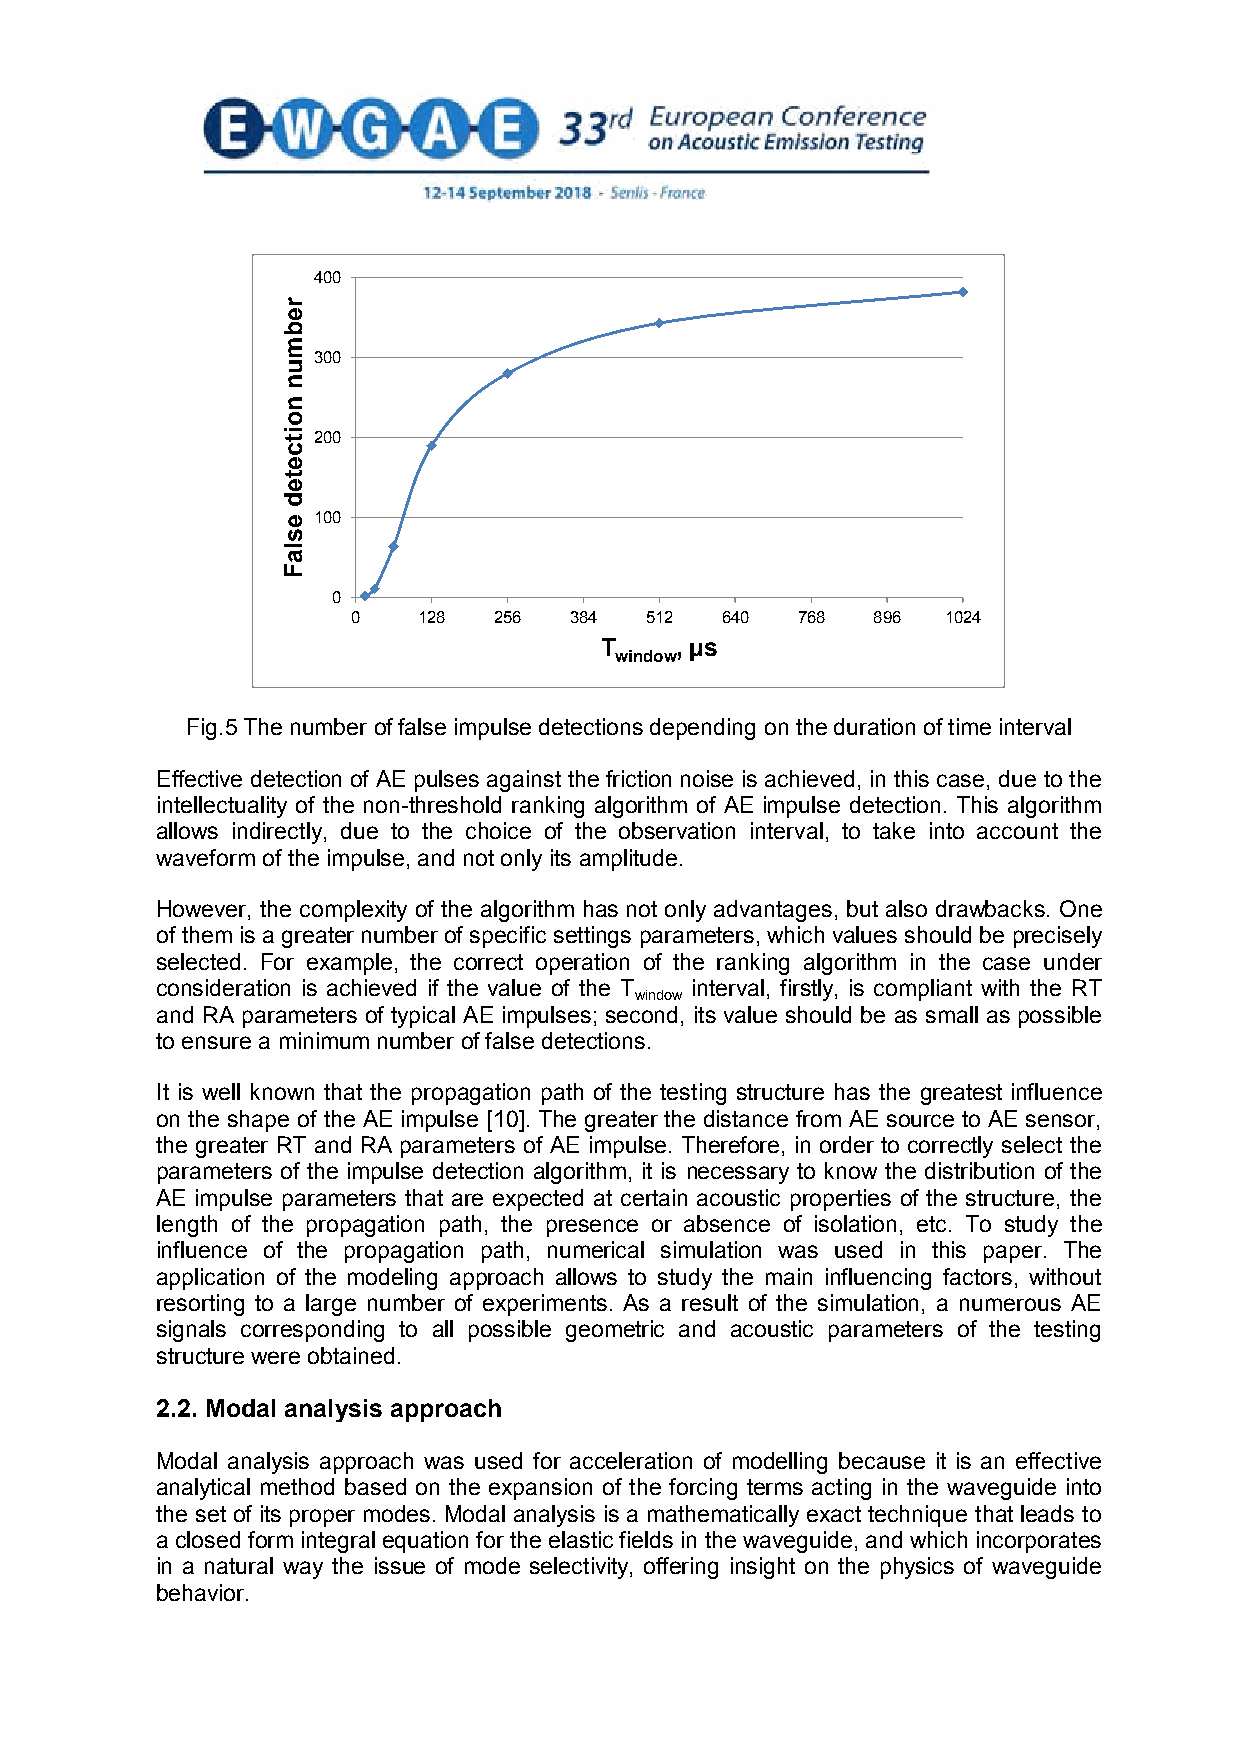
400
 300
 200
 100
 0
 0    128  256  384  512  640  768  896  1024
 T    , µs
 window
 Fig.5 The number of false impulse detections depending on the duration of time interval
 Effective detection of AE pulses against the friction noise is achieved, in this case, due to the
 intellectuality of the non-threshold ranking algorithm of AE impulse detection. This algorithm
 allows indirectly, due to the choice of the observation interval, to take into account the
 waveform of the impulse, and not only its amplitude.
 However, the complexity of the algorithm has not only advantages, but also drawbacks. One
 of them is a greater number of specific settings parameters, which values should be precisely
 selected. For example, the correct operation of the ranking algorithm in the case under
 consideration is achieved if the value of the T interval, firstly, is compliant with the RT
 window
 and RA parameters of typical AE impulses; second, its value should be as small as possible
 to ensure a minimum number of false detections.
 It is well known that the propagation path of the testing structure has the greatest influence
 on the shape of the AE impulse [10]. The greater the distance from AE source to AE sensor,
 the greater RT and RA parameters of AE impulse. Therefore, in order to correctly select the
 parameters of the impulse detection algorithm, it is necessary to know the distribution of the
 AE impulse parameters that are expected at certain acoustic properties of the structure, the
 length of the propagation path, the presence or absence of isolation, etc. To study the
 influence of the propagation path, numerical simulation was used in this paper. The
 application of the modeling approach allows to study the main influencing factors, without
 resorting to a large number of experiments. As a result of the simulation, a numerous AE
 signals corresponding to all possible geometric and acoustic parameters of the testing
 structure were obtained.
 2.2. Modal analysis approach
 Modal analysis approach was used for acceleration of modelling because it is an effective
 analytical method based on the expansion of the forcing terms acting in the waveguide into
 the set of its proper modes. Modal analysis is a mathematically exact technique that leads to
 a closed form integral equation for the elastic fields in the waveguide, and which incorporates
 in a natural way the issue of mode selectivity, offering insight on the physics of waveguide
 behavior.
 5
 rebmun
 noitceted
 eslaF